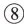
⑧